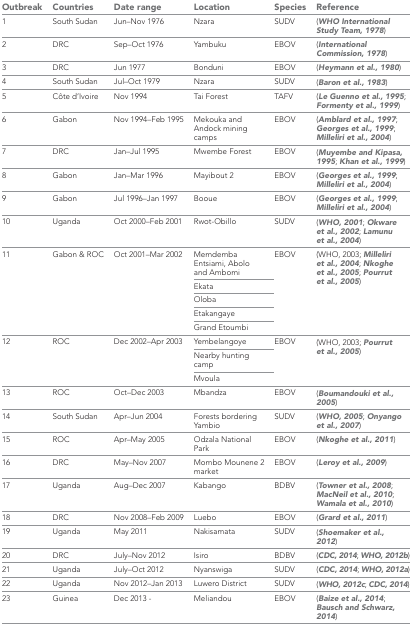
<table><thead><tr><td><b>Outbreak</b></td><td><b>Countries</b></td><td><b>Date range</b></td><td><b>Location</b></td><td><b>Species</b></td><td><b>Reference</b></td></tr></thead><tbody><tr><td>1</td><td>South Sudan</td><td>Jun–Nov 1976</td><td>Nzara</td><td>SUDV</td><td>(WHO International Study Team, 1978)</td></tr><tr><td>2</td><td>DRC</td><td>Sep–Oct 1976</td><td>Yambuku</td><td>EBOV</td><td>(International Commission, 1978)</td></tr><tr><td>3</td><td>DRC</td><td>Jun 1977</td><td>Bonduni</td><td>EBOV</td><td>(Heymann et al., 1980)</td></tr><tr><td>4</td><td>South Sudan</td><td>Jul–Oct 1979</td><td>Nzara</td><td>SUDV</td><td>(Baron et al., 1983)</td></tr><tr><td>5</td><td>Côte d’Ivoire</td><td>Nov 1994</td><td>Tai Forest</td><td>TAFV</td><td>(Le Guenno et al., 1995; Formenty et al., 1999)</td></tr><tr><td>6</td><td>Gabon</td><td>Nov 1994–Feb 1995</td><td>Mekouka and Andock mining camps</td><td>EBOV</td><td>(Amblard et al., 1997; Georges et al., 1999; Milleliri et al., 2004)</td></tr><tr><td>7</td><td>DRC</td><td>Jan–Jul 1995</td><td>Mwembe Forest</td><td>EBOV</td><td>(Muyembe and Kipasa, 1995; Khan et al., 1999)</td></tr><tr><td>8</td><td>Gabon</td><td>Jan–Mar 1996</td><td>Mayibout 2</td><td>EBOV</td><td>(Georges et al., 1999; Milleliri et al., 2004)</td></tr><tr><td>9</td><td>Gabon</td><td>Jul 1996–Jan 1997</td><td>Booue</td><td>EBOV</td><td>(Georges et al., 1999; Milleliri et al., 2004)</td></tr><tr><td>10</td><td>Uganda</td><td>Oct 2000–Feb 2001</td><td>Rwot-Obillo</td><td>SUDV</td><td>(WHO, 2001; Okware et al., 2002; Lamunu et al., 2004)</td></tr><tr><td rowspan="5">11</td><td rowspan="5">Gabon &amp; ROC</td><td rowspan="5">Oct 2001–Mar 2002</td><td>Memdemba Entsiami, Abolo and Ambomi</td><td rowspan="5">EBOV</td><td rowspan="5">(WHO, 2003; Milleliri et al., 2004; Nkoghe et al., 2005; Pourrut et al., 2005)</td></tr><tr><td>Ekata</td></tr><tr><td>Oloba</td></tr><tr><td>Etakangaye</td></tr><tr><td>Grand Etoumbi</td></tr><tr><td rowspan="3">12</td><td rowspan="3">ROC</td><td rowspan="3">Dec 2002–Apr 2003</td><td>Yembelangoye</td><td rowspan="3">EBOV</td><td rowspan="3">(WHO, 2003; Pourrut et al., 2005)</td></tr><tr><td>Nearby hunting camp</td></tr><tr><td>Mvoula</td></tr><tr><td>13</td><td>ROC</td><td>Oct–Dec 2003</td><td>Mbandza</td><td>EBOV</td><td>(Boumandouki et al., 2005)</td></tr><tr><td>14</td><td>South Sudan</td><td>Apr–Jun 2004</td><td>Forests bordering Yambio</td><td>SUDV</td><td>(WHO, 2005; Onyango et al., 2007)</td></tr><tr><td>15</td><td>ROC</td><td>Apr–May 2005</td><td>Odzala National Park</td><td>EBOV</td><td>(Nkoghe et al., 2011)</td></tr><tr><td>16</td><td>DRC</td><td>May–Nov 2007</td><td>Mombo Mounene 2 market</td><td>EBOV</td><td>(Leroy et al., 2009)</td></tr><tr><td>17</td><td>Uganda</td><td>Aug–Dec 2007</td><td>Kabango</td><td>BDBV</td><td>(Towner et al., 2008; MacNeil et al., 2010; Wamala et al., 2010)</td></tr><tr><td>18</td><td>DRC</td><td>Nov 2008–Feb 2009</td><td>Luebo</td><td>EBOV</td><td>(Grard et al., 2011)</td></tr><tr><td>19</td><td>Uganda</td><td>May 2011</td><td>Nakisamata</td><td>SUDV</td><td>(Shoemaker et al., 2012)</td></tr><tr><td>20</td><td>DRC</td><td>July–Nov 2012</td><td>Isiro</td><td>BDBV</td><td>(CDC, 2014; WHO, 2012b)</td></tr><tr><td>21</td><td>Uganda</td><td>July–Oct 2012</td><td>Nyanswiga</td><td>SUDV</td><td>(CDC, 2014; WHO, 2012a)</td></tr><tr><td>22</td><td>Uganda</td><td>Nov 2012–Jan 2013</td><td>Luwero District</td><td>SUDV</td><td>(WHO, 2012c; CDC, 2014)</td></tr><tr><td>23</td><td>Guinea</td><td>Dec 2013 -</td><td>Meliandou</td><td>EBOV</td><td>(Baize et al., 2014; Bausch and Schwarz, 2014)</td></tr></tbody></table>